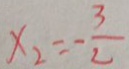
x _ { 2 } = - \frac { 3 } { 2 }